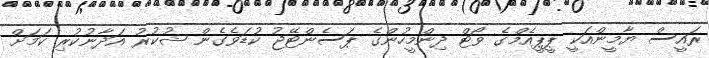
ރައީސް ޔާމީންއަކީ ޕީޕީއެމްގެ ވޯޓް ދިންމީހުންގެ ޕަސެންޓޭޖު ކުޑަވެގެން ޝުކުރު އަދާނުކުރި ކަމަށް